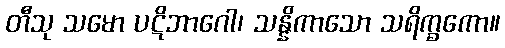
တီသု သမော ပဋိဘာဂေါ၊ သန္နိကာသော သရိက္ခကော။